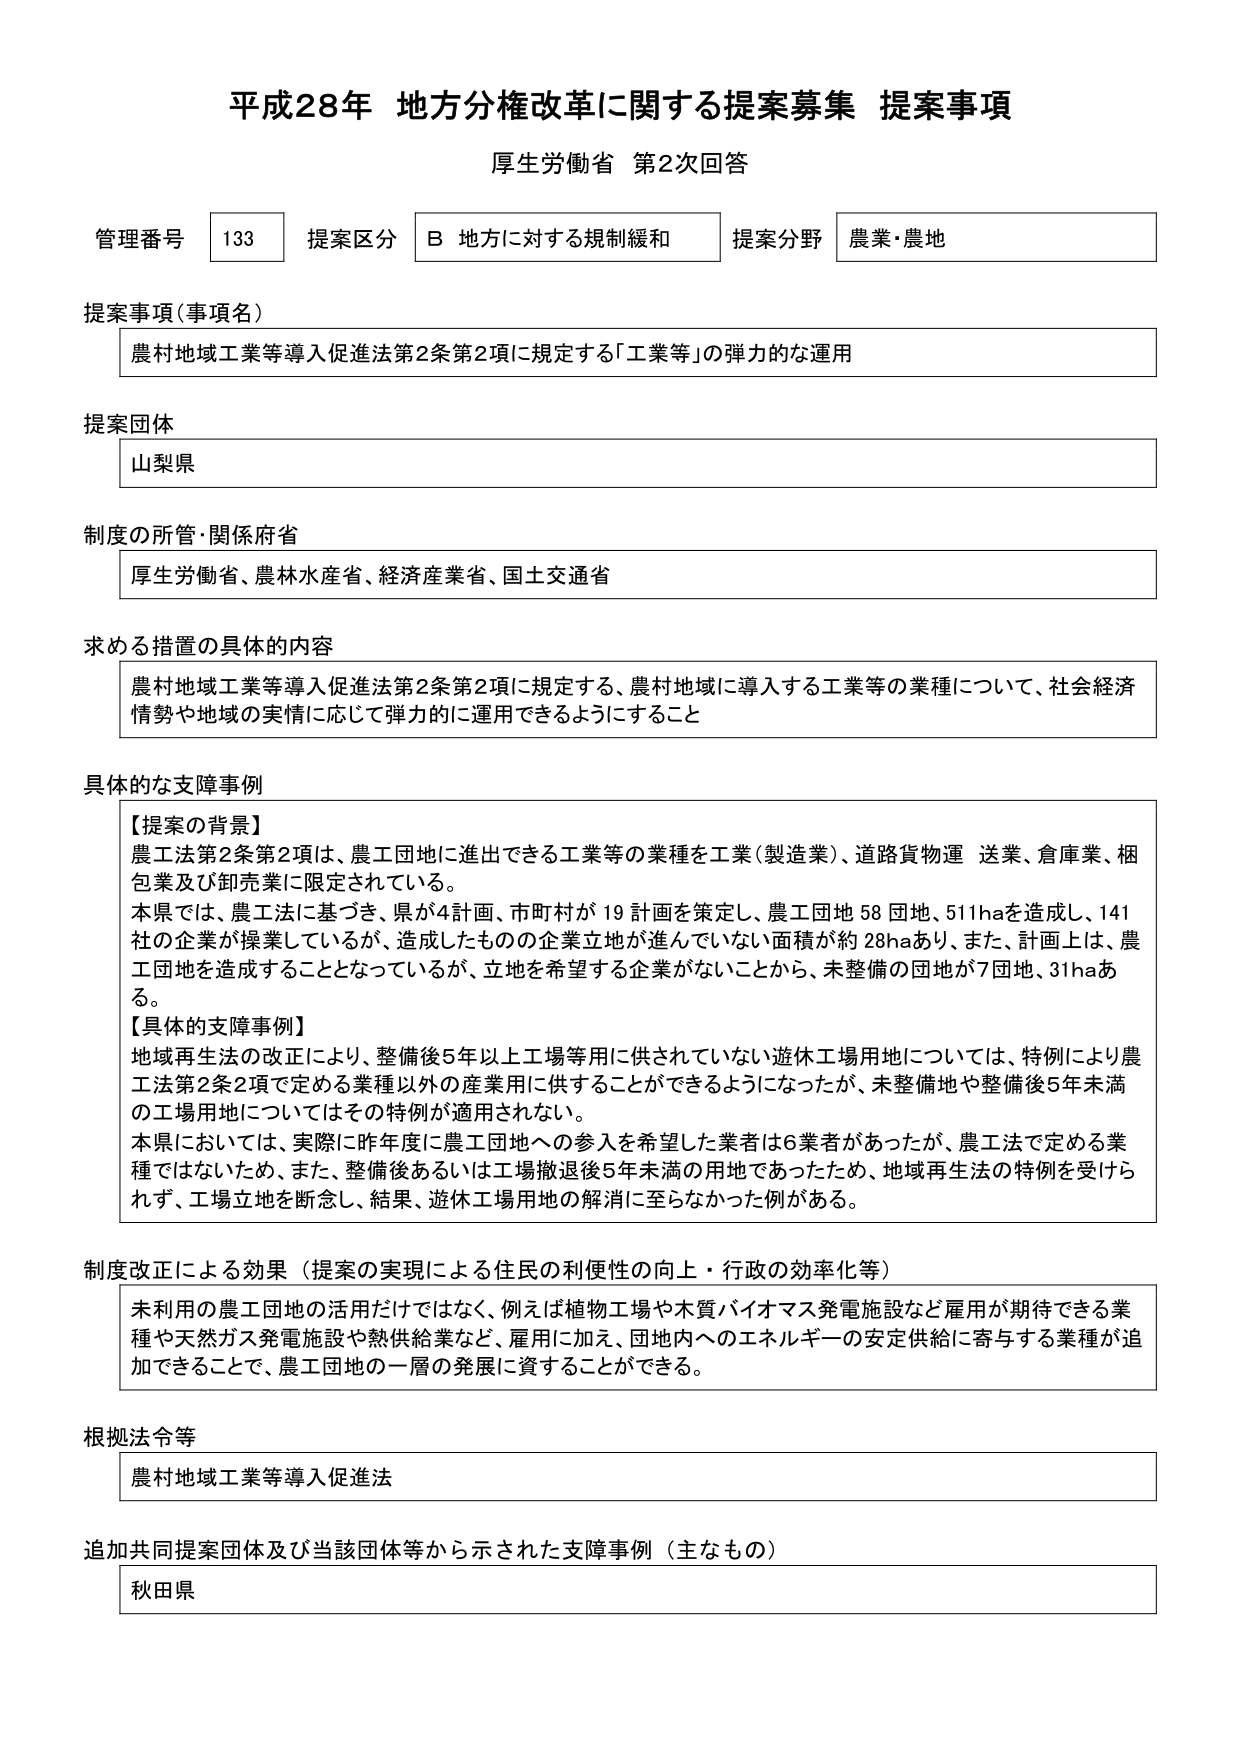
平成28年 地方分権改革に関する提案募集 提案事項
厚生労働省 第2次回答

管理番号 133 提案区分 B 地方に対する規制緩和 提案分野 農業・農地

提案事項（事項名）
農村地域工業等導入促進法第2条第2項に規定する「工業等」の弾力的な運用

提案団体
山梨県

制度の所管・関係府省
厚生労働省、農林水産省、経済産業省、国土交通省

求める措置の具体的内容
農村地域工業等導入促進法第2条第2項に規定する、農村地域に導入する工業等の業種について、社会経済情勢や地域の実情に応じて弾力的に運用できること

具体的な支障事例
【提案の背景】
農工法第2条第2項は、農工団地に進出できる工業等の業種を工業（製造業）、道路貨物運送業、倉庫業、梱包業及び卸売業に限定されている。
本県では、農工法に基づき、県が4計画、市町村が19計画を策定し、農工団地58団地、511haを造成し、141社の企業が操業しているが、造成したものの企業立地が進んでいない面積が約28haあり、また、計画上は、農工団地を造成することとなっているが、立地を希望する企業がないことから、未整備の団地が7団地、31haある。
【具体的支障事例】
地域再生法の改正により、整備後5年以上工場等用に供されていない遊休工場用地については、特例により農工法第2条2項で定める業種以外の産業用に供することができるようになったが、未整備地や整備後5年未満の工場用地についてはその特例が適用されない。
本県においては、実際に昨年度に農工団地への参入を希望した業者は6業者があったが、農工法で定める業種ではないため、また、整備後あるいは工場撤退後5年未満の用地であったため、地域再生法の特例を受けられず、工場立地を断念し、結果、遊休工場用地の解消に至らなかった例がある。

制度改正による効果（提案の実現による住民の利便性の向上・行政の効率化等）
未利用の農工団地の活用だけではなく、例えば植物工場や木質バイオマス発電施設など雇用が期待できる業種や天然ガス発電施設や熱供給業など、雇用に加え、団地内へのエネルギーの安定供給に寄与する業種が追加できることで、農工団地の一層の発展に資することができる。

根拠法令等
農村地域工業等導入促進法

追加共同提案団体及び当該団体等から示された支障事例（主なもの）
秋田県